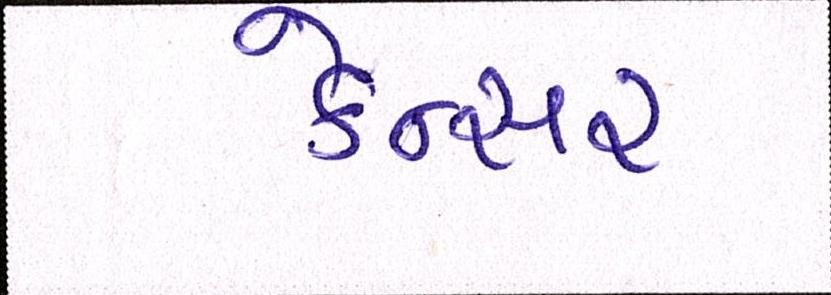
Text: કેન્સર